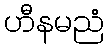
ဟီနမညံ